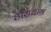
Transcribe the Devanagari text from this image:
हीराबाग